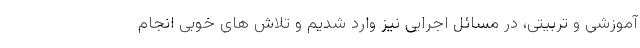
آموزشی و تربیتی، در مسائل اجرایی نیز وارد شدیم و تلاش های خوبی انجام